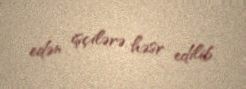
edən işçilərə həsr edilib.